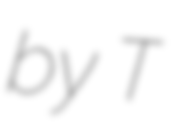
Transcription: by T